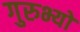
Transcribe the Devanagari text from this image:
गुरुभ्यो